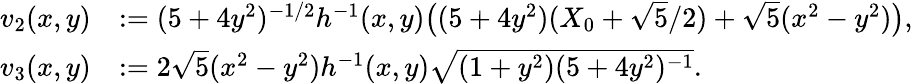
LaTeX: \begin{array}{rl}{v_{2}(x,y)}&{:=(5+4y^{2})^{-1/2}h^{-1}(x,y)\big((5+4y^{2})(X_{0}+{\sqrt{5}}/{2})+\sqrt{5}(x^{2}-y^{2})\big),}\\ {v_{3}(x,y)}&{:=2\sqrt{5}(x^{2}-y^{2})h^{-1}(x,y)\sqrt{(1+y^{2})(5+4y^{2})^{-1}}.}\end{array}